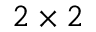
2 \times 2